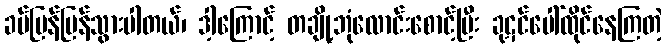
ခပ်မြန်မြန်သွားပါတယ်၊ ဒါ့ကြောင့် တချို့ဘုံလောင်းစောင့်ပြီး ခုဋင်ပေါ်ထိုင်နေကြတဲ့